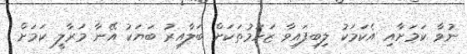
ނުވާ ކަމަށާއި އެކަމަކު ލިބިފައިވާ ޒަހަމުތަކަށް ބަލާއިރު ބަޔަކު އޭނާ މަރާލީ ކަމަށް